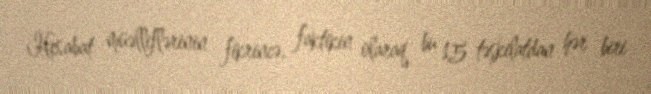
Hesabat müəlliflərinin fikrincə, faktikin olaraq bu 15 təşkilatdan hər biri